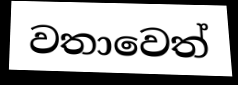
වතාවෙත්